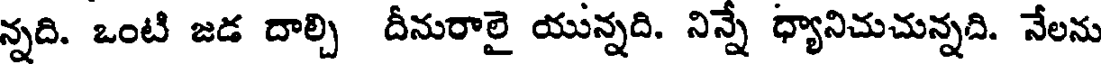
న్నది. ఒంటి జడ దాల్చి దీనురాలై యున్నది. నిన్నే ధ్యానిచుచున్నది. నేలను